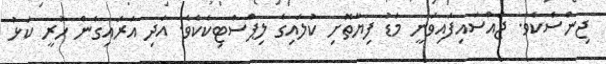
ޖިންސެކެވެ. ޖައްސައިފައިވަނީ މަޑު ފިޔާތޮށި ކުލައިގެ ލިޕްސްޓިކެކެވެ. އަދި އަރައިގެން ހުރީ ކަޅު